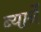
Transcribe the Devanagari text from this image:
ब्यार्ने